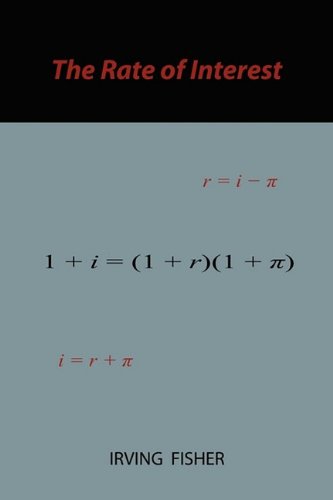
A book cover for The rate of interest; Irving Fisher; Business & Money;